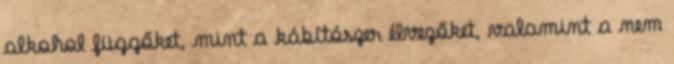
alkohol függőket, mint a kábítószer élvezőket, valamint a nem